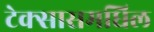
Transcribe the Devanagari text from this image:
टेक्सासमधिल